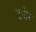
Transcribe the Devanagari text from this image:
टपीर